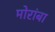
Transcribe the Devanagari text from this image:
मोरांबा